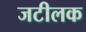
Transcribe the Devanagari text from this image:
जटीलक